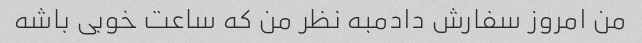
من امروز سفارش دادمبه نظر من که ساعت خوبی باشه